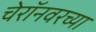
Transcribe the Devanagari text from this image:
चेरॉनवरच्या